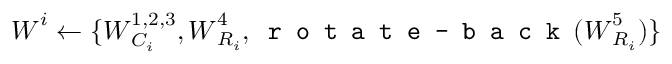
\boldsymbol { W } ^ { i } \leftarrow \{ \boldsymbol { W } _ { C _ { i } } ^ { 1 , 2 , 3 } , \boldsymbol { W } _ { R _ { i } } ^ { 4 } , \texttt { r o t a t e - b a c k } ( \boldsymbol { W } _ { R _ { i } } ^ { 5 } ) \}